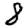
Digit: 8